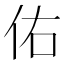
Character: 佑